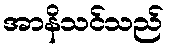
အာနိသင်သည်